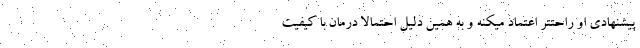
پیشنهادی او راحتتر اعتماد میکنه و به همین دلیل احتمالا درمان با کیفیت